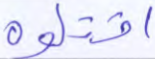
اقتلوه